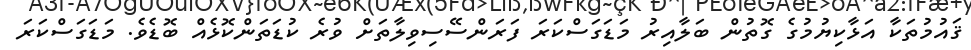
ޤައުމުތަކާ އަޅާކިޔުމުގެ ގޮތުން ބަލާއިރު މަޑަގަސްކަރަ ފަރަންސޭސިވިލާތަށް ވުރެ ކުޑަތަންކޮޅެއް ބޮޑެވެ. މަޑަގަސްކަރަ